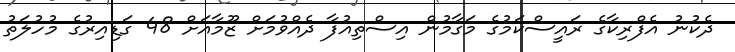
ދެކުނު އެފްރިކާގެ ރައީސްކަމުގެ މަގާމުން އިސްތިއުފާ ދެއްވުމަށް ޒޫމާއަށް 48 ގަޑިއިރުގެ މުހުލަތު